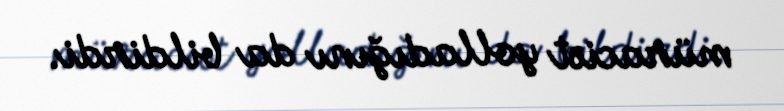
müraciət yolladığını da bildirdi.